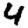
Digit: 4